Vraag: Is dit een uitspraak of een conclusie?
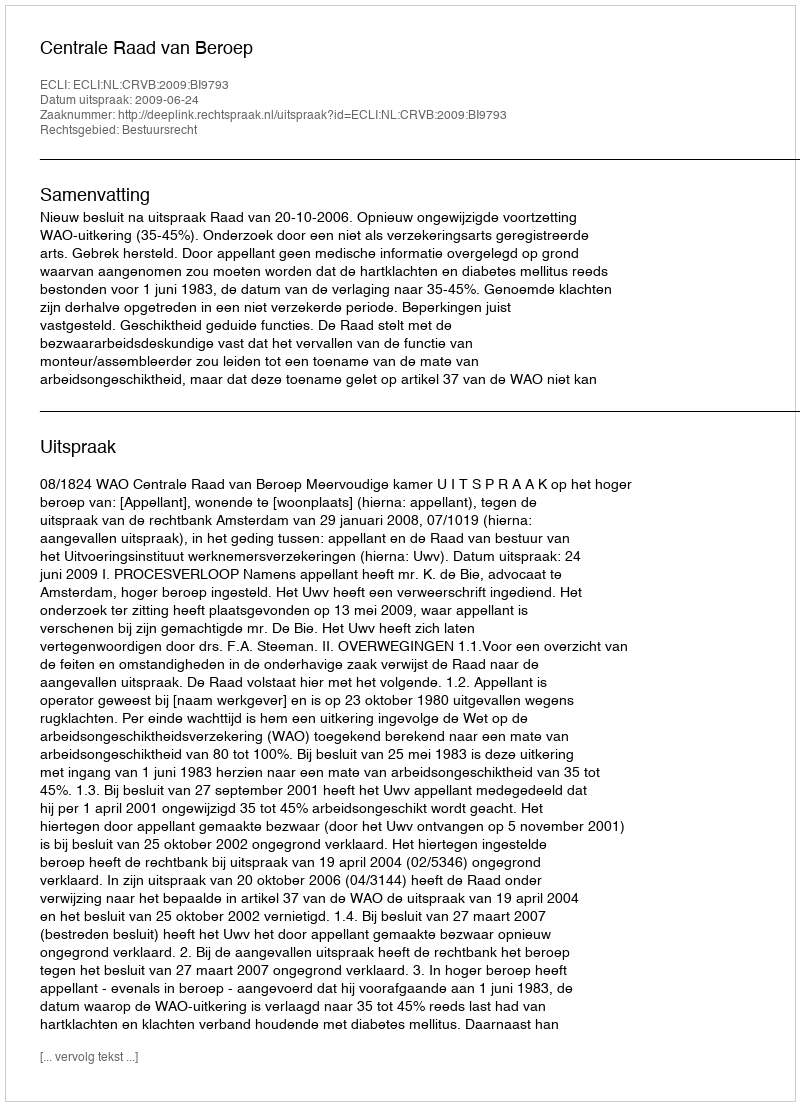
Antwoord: Uitspraak